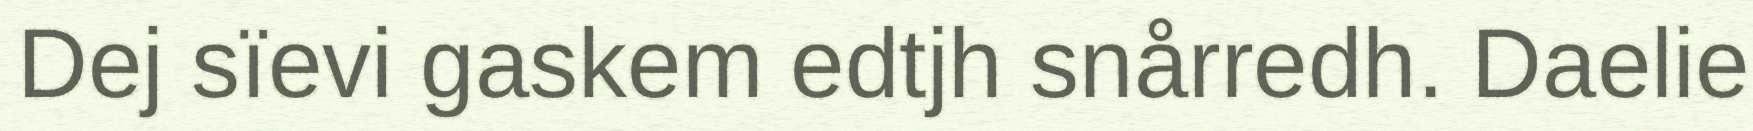
Dej sïevi gaskem edtjh snårredh. Daelie